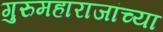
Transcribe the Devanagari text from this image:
गुरुमहाराजांच्या